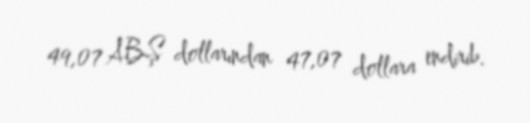
49,07 ABŞ dollarından 47,07 dollara endirib.